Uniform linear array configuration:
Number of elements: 16
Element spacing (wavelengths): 1
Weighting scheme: cosine
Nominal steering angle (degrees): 15
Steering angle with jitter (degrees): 16.361
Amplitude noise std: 0.05
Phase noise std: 0.05

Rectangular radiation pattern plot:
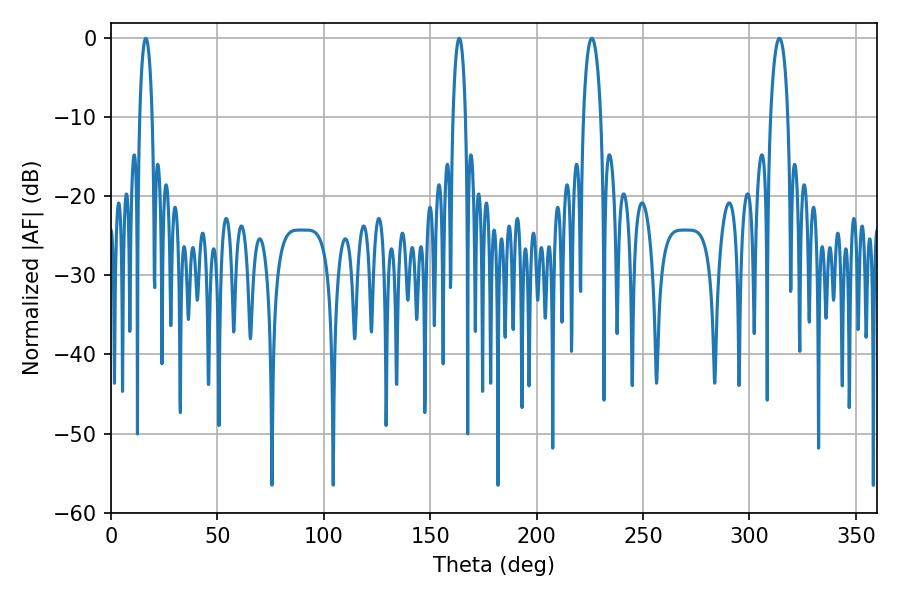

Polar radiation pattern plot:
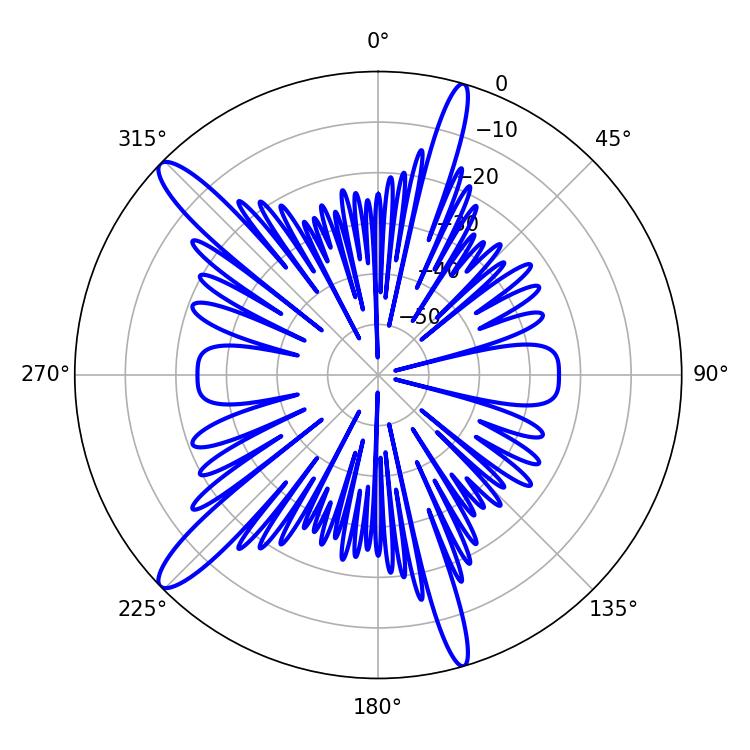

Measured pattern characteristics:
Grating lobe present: TRUE
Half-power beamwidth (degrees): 4.5
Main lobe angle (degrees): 225.9